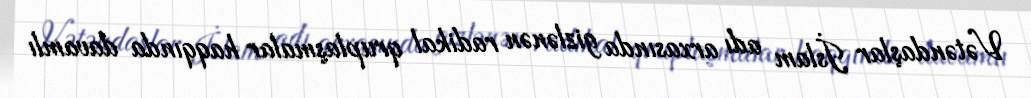
Vətəndaşlar İslam adı arxasında gizlənən radikal qruplaşmalar haqqında davamlı